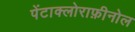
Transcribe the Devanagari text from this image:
पेंटाक्लोराफ़ीनोल